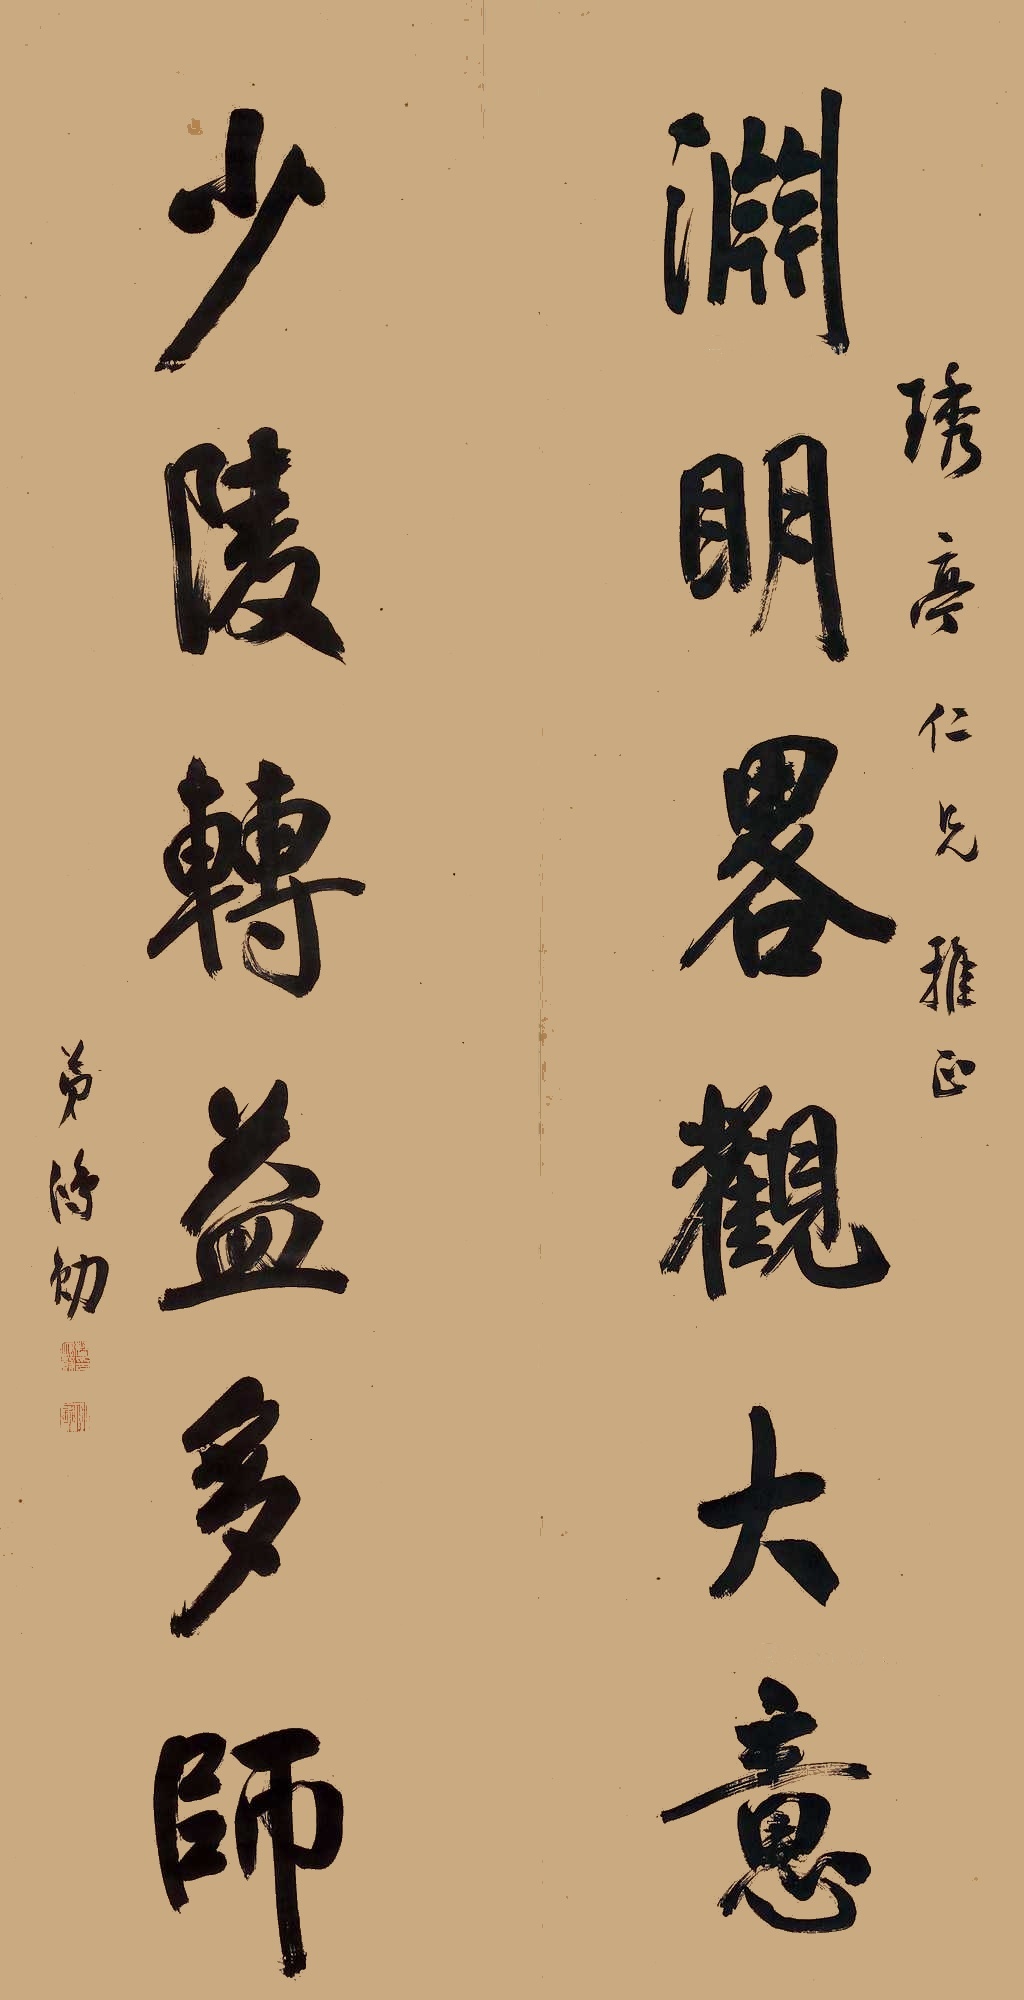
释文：渊明略观大意，少陵转益多师。琇亭仁兄雅正，弟鸿勋。